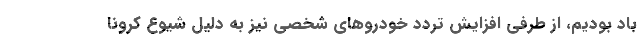
باد بودیم، از طرفی افزایش تردد خودروهای شخصی نیز به دلیل شیوع کرونا